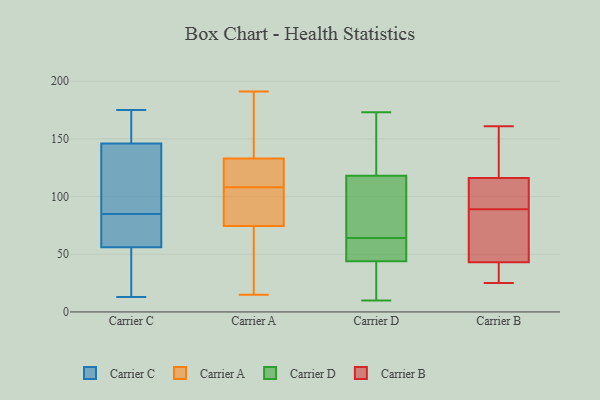
{"axis": {"x": "Active Users", "y": "Value"}, "legend": ["Carrier A", "Carrier B", "Carrier C", "Carrier D"], "data": [{"x": "", "y": 146, "type": "Carrier C"}, {"x": "", "y": 173, "type": "Carrier C"}, {"x": "", "y": 146, "type": "Carrier C"}, {"x": "", "y": 13, "type": "Carrier C"}, {"x": "", "y": 13, "type": "Carrier C"}, {"x": "", "y": 87, "type": "Carrier C"}, {"x": "", "y": 83, "type": "Carrier C"}, {"x": "", "y": 56, "type": "Carrier C"}, {"x": "", "y": 175, "type": "Carrier C"}, {"x": "", "y": 62, "type": "Carrier C"}, {"x": "", "y": 174, "type": "Carrier A"}, {"x": "", "y": 91, "type": "Carrier A"}, {"x": "", "y": 66, "type": "Carrier A"}, {"x": "", "y": 73, "type": "Carrier A"}, {"x": "", "y": 110, "type": "Carrier A"}, {"x": "", "y": 32, "type": "Carrier A"}, {"x": "", "y": 137, "type": "Carrier A"}, {"x": "", "y": 93, "type": "Carrier A"}, {"x": "", "y": 127, "type": "Carrier A"}, {"x": "", "y": 137, "type": "Carrier A"}, {"x": "", "y": 76, "type": "Carrier A"}, {"x": "", "y": 106, "type": "Carrier A"}, {"x": "", "y": 129, "type": "Carrier A"}, {"x": "", "y": 156, "type": "Carrier A"}, {"x": "", "y": 120, "type": "Carrier A"}, {"x": "", "y": 113, "type": "Carrier A"}, {"x": "", "y": 15, "type": "Carrier A"}, {"x": "", "y": 37, "type": "Carrier A"}, {"x": "", "y": 89, "type": "Carrier A"}, {"x": "", "y": 191, "type": "Carrier A"}, {"x": "", "y": 46, "type": "Carrier D"}, {"x": "", "y": 62, "type": "Carrier D"}, {"x": "", "y": 39, "type": "Carrier D"}, {"x": "", "y": 44, "type": "Carrier D"}, {"x": "", "y": 115, "type": "Carrier D"}, {"x": "", "y": 24, "type": "Carrier D"}, {"x": "", "y": 97, "type": "Carrier D"}, {"x": "", "y": 53, "type": "Carrier D"}, {"x": "", "y": 173, "type": "Carrier D"}, {"x": "", "y": 130, "type": "Carrier D"}, {"x": "", "y": 136, "type": "Carrier D"}, {"x": "", "y": 10, "type": "Carrier D"}, {"x": "", "y": 26, "type": "Carrier D"}, {"x": "", "y": 166, "type": "Carrier D"}, {"x": "", "y": 64, "type": "Carrier D"}, {"x": "", "y": 119, "type": "Carrier D"}, {"x": "", "y": 88, "type": "Carrier D"}, {"x": "", "y": 84, "type": "Carrier D"}, {"x": "", "y": 44, "type": "Carrier D"}, {"x": "", "y": 99, "type": "Carrier B"}, {"x": "", "y": 116, "type": "Carrier B"}, {"x": "", "y": 104, "type": "Carrier B"}, {"x": "", "y": 145, "type": "Carrier B"}, {"x": "", "y": 43, "type": "Carrier B"}, {"x": "", "y": 29, "type": "Carrier B"}, {"x": "", "y": 25, "type": "Carrier B"}, {"x": "", "y": 158, "type": "Carrier B"}, {"x": "", "y": 70, "type": "Carrier B"}, {"x": "", "y": 161, "type": "Carrier B"}, {"x": "", "y": 79, "type": "Carrier B"}, {"x": "", "y": 39, "type": "Carrier B"}, {"x": "", "y": 61, "type": "Carrier B"}, {"x": "", "y": 104, "type": "Carrier B"}]}